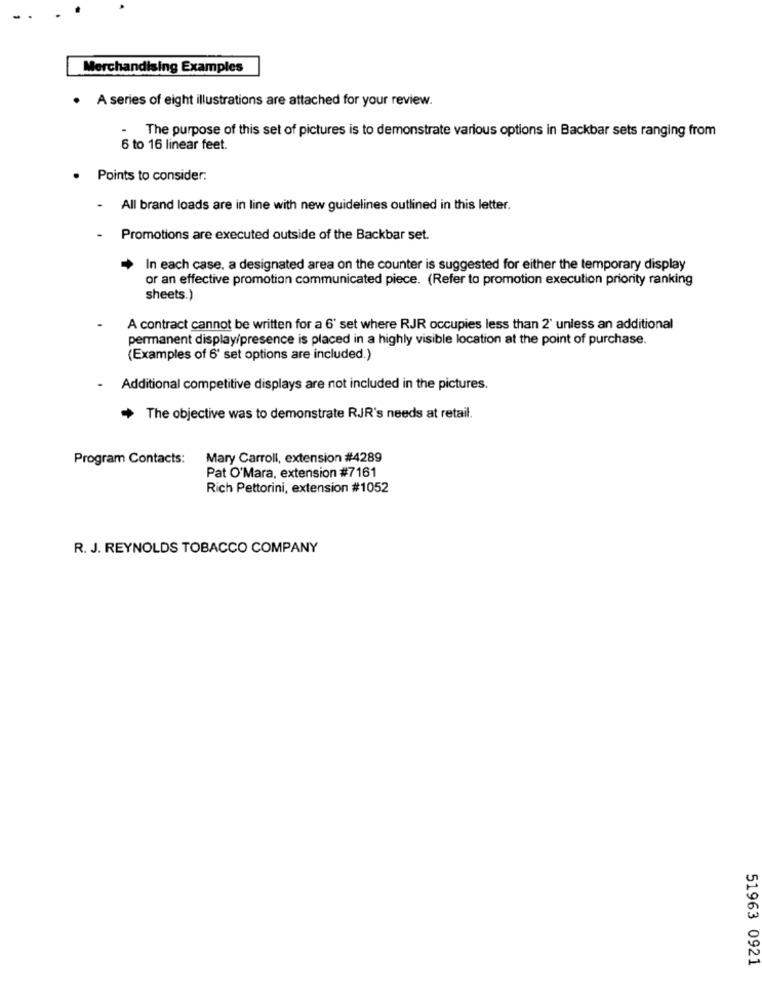
Merchandising Examples
.
A series of eight illustrations are attached for your review.
The purpose of this set of pictures is to demonstrate various options in Backbar sets ranging from
6 to 16 linear feet.
Points to consider:
- All brand loads are in line with new guidelines outlined in this letter.
Promotions are executed outside of the Backbar set.
In each case. a designated area on the counter is suggested for either the temporary display
or an effective promotion communicated piece. (Refer to promotion execution priority ranking
sheets.)
A contract cannot be written for a 6' set where RJR occupies less than 2' unless an additional
permanent display/presence is placed in a highly visible location at the point of purchase.
(Examples of 6' set options are included.)
-
Additional competitive displays are not included in the pictures.
The objective was to demonstrate RJR's needs at retail.
Program Contacts:
Mary Carroll, extension #4289
Pat O'Mara, extension #7161
Rich Pettorini, extension #1052
R. J. REYNOLDS TOBACCO COMPANY
51963 0921